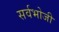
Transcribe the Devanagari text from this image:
सर्वभोजी